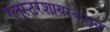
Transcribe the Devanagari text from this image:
ग्लूस्टरशायरकडून